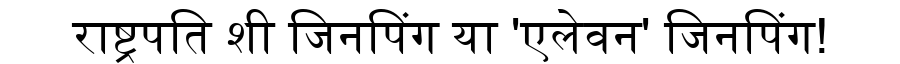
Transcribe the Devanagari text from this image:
राष्ट्रपति शी जिनपिंग या 'एलेवन' जिनपिंग!